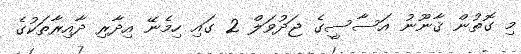
މި ގޮތުން ޤާނޫނު އަސާސީގެ ޖަދުވަލް 2 ގައި ހިމެނޭ އިދާރި ދާއިރާތަކުގެ